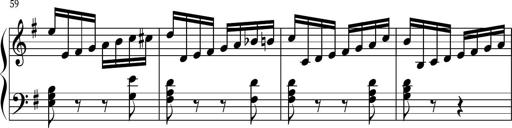
Title: Keyboard Sonatina in G
Composer: Michael Pogudin
Key: G major